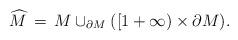
LaTeX: \begin{align*}\widehat{M} \,=\, M \cup_{\partial M} ( [1+\infty) \times \partial M).\end{align*}